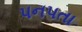
પનપતા